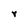
Character: r